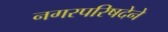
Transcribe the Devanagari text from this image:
नगरपरिषदेने